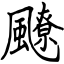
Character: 飉